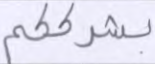
بشرككم